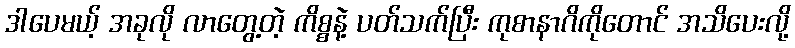
ဒါပေမယ့် အခုလို လာတွေ့တဲ့ ကိစ္စနဲ့ ပတ်သက်ပြီး ကုစာနာဂိကိုတောင် အသိပေးလို့